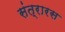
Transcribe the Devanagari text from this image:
संत्रारस